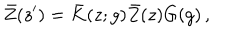
LaTeX: \bar { Z } ( z ^ { \prime } ) = \bar { K } ( z ; g ) \bar { Z } ( z ) G ( g ) \, ,